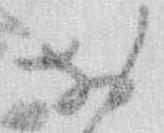
お